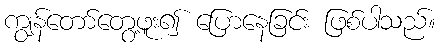
ကျွန်တော်တွေ့ဖူး၍ ပြောနေခြင်း ဖြစ်ပါသည်။